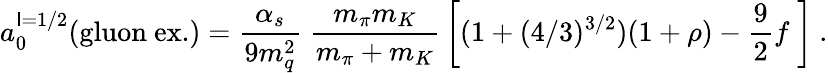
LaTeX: a_{0}^{\mathsf{I}=1/2}(\mathrm{{gluon}}\ \mathrm{{ex.}})={\frac{{\alpha_{s}}}{{9m_{q}^{2}}}}\; {\frac{{m_{\pi}m_{K}}}{{m_{\pi}+m_{K}}}}\left[(1+(4/3)^{3/2})(1+\rho)-\frac{9}{2}f\; \right]\ .